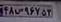
۴۸س۹۶۷۵۳